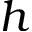
h